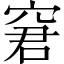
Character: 窘